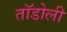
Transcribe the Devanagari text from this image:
तॉडोली